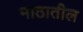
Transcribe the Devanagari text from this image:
माठातील